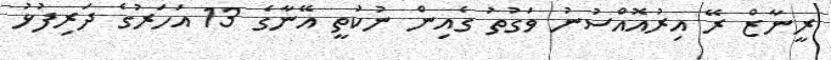
ރީނާޒް ރޭ އިރުއޮއްސުނު ވަގުތު ގެއިން ނުކުތީ އޭނާގެ 13 އަހަރުގެ ދަރިފުޅު